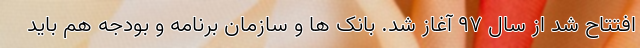
افتتاح شد از سال ۹۷ آغاز شد. بانک ها و سازمان برنامه و بودجه هم باید